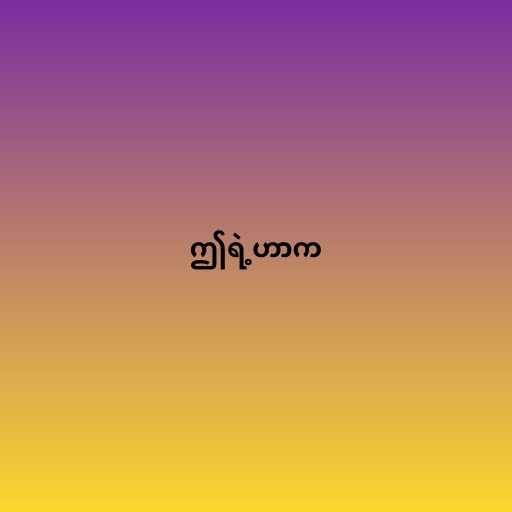
ဤရဲ့ဟာက